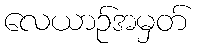
လေယာဉ်အမှတ်